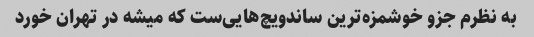
به نظرم جزو خوشمزه‌ترین ساندویچ‌هایی‌ست که میشه در تهران خورد